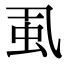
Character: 虱